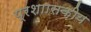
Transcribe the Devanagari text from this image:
प्रशाासकीय